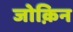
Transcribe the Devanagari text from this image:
जोक़िन